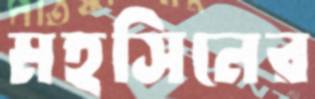
মহসিনের